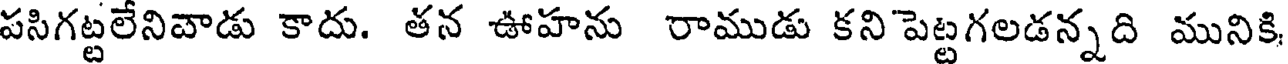
పసిగట్టలేనివాడు కాదు. తన ఊహను రాముడు కని పెట్టగలడన్నది మునికి